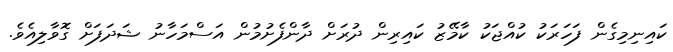
ކައިނިމިގެން ފަހަރަކު ކުއްޖަކު ކާމޭޒު ކައިރިން ދުރަށް ދާންފެށުމުން އަސްމަހާނު ޝަދަފަށް ގޮވާލިއެވެ.